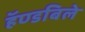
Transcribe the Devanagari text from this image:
हॅण्डबिले